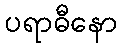
ပရာဓီနော